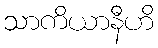
သာကိယာနီဟိ